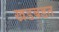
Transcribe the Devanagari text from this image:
खडबडत